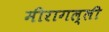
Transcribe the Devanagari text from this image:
मीरागल्ली